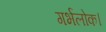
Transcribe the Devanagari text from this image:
गर्भलोक।